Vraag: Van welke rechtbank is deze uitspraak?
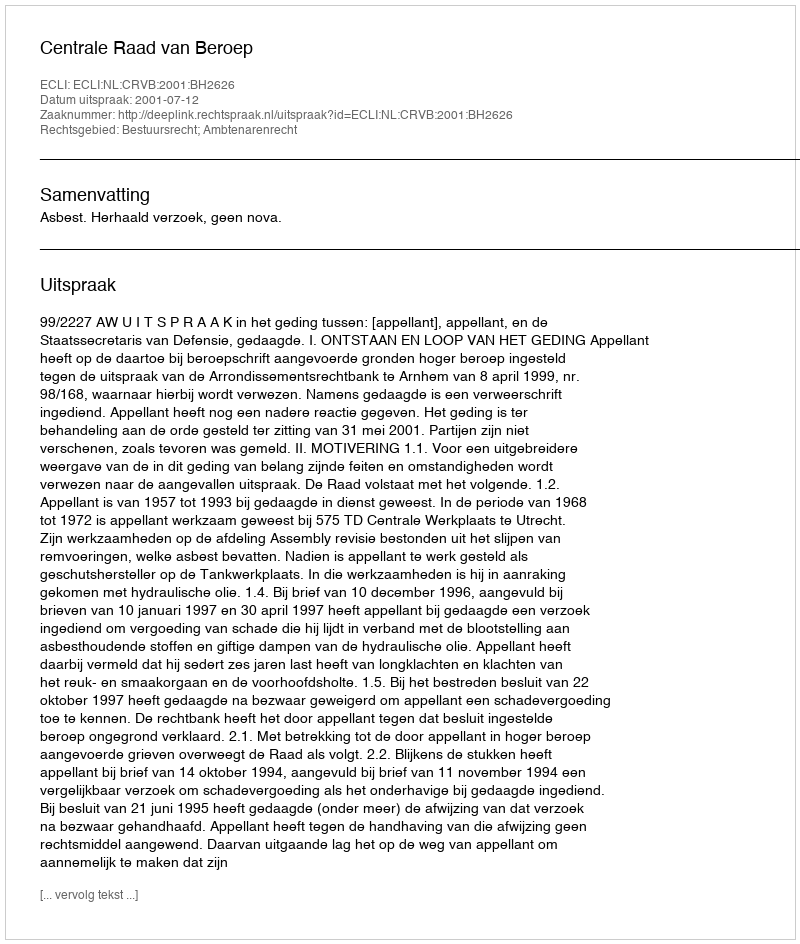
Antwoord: Centrale Raad van Beroep